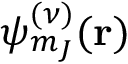
\psi _ { m _ { J } } ^ { ( \nu ) } ( \mathbf { r } )